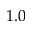
1 . 0